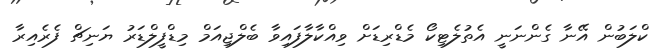
ކްލަބުން އޭނާ ގެންނަނީ އެތުލެޓިކޯ މެޑްރިޑަށް ވިއްކާލާފައިވާ ބެލްޖިއަމް މިޑްފީލްޑަރު ޔަނިޗް ފެރެއިރާ